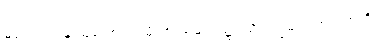
မုဒုကာယ၊ နူးညံ့သော။ ဘူမိယာ၊ မြေပြင်၌။ သိပ္ပံ၊ ဂျွမ်းကအတတ်ကို။